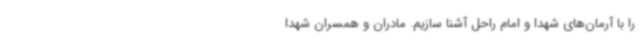
را با آرمان‌های شهدا و امام راحل آشنا سازیم. مادران و همسران شهدا